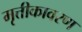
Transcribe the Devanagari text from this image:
मृत्तीकावरण